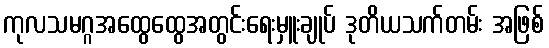
ကုလသမဂ္ဂအထွေထွေအတွင်းရေးမှူးချုပ် ဒုတိယသက်တမ်း အဖြစ်